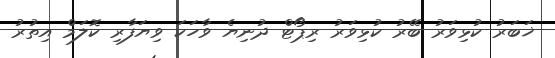
ޚަބަރު ކުޅިވަރު ބޭރު ކުޅިވަރު ރިޕޯޓް ދުނިޔެ ވާހަކަ ވިޔަފާރި ކޮލަމް އިތުރު